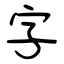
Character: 字